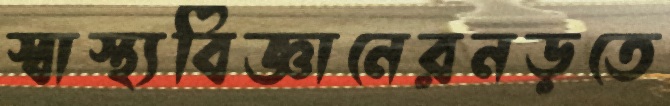
স্বাস্থ্যবিজ্ঞানেরনড়তে